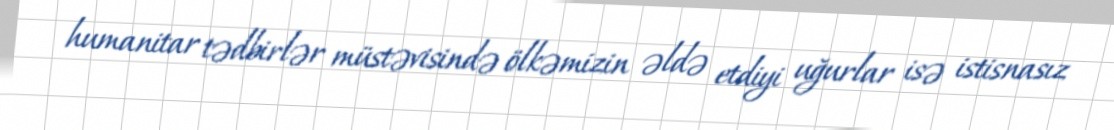
humanitar tədbirlər müstəvisində ölkəmizin əldə etdiyi uğurlar isə istisnasız